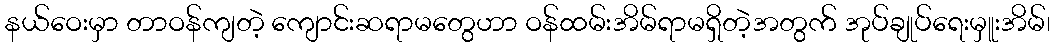
နယ်ဝေးမှာ တာဝန်ကျတဲ့ ကျောင်းဆရာမတွေဟာ ဝန်ထမ်းအိမ်ရာမရှိတဲ့အတွက် အုပ်ချုပ်ရေးမှူးအိမ်၊